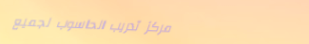
مركز تدريب الحاسوب لجميع